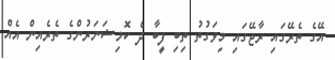
އޭގެ ތެރޭގައި ރާޖޭގައި މިވަގުތު ތިބި ފީބާ ދެ ކޮމިޝަނަރުންގެ ތެރެއިން އެއް